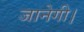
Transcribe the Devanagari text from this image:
जानेगी।